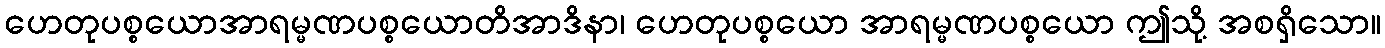
ဟေတုပစ္စယောအာရမ္မဏပစ္စယောတိအာဒိနာ၊ ဟေတုပစ္စယော အာရမ္မဏပစ္စယော ဤသို့ အစရှိသော။